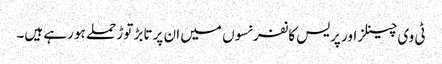
ٹی وی چینلز اور پریس کانفرنسوں میں ان پر تابڑ توڑ حملے ہو رہے ہیں۔